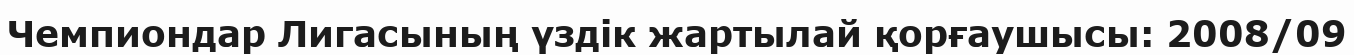
Чемпиондар Лигасының үздік жартылай қорғаушысы: 2008/09